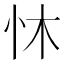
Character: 𪫟